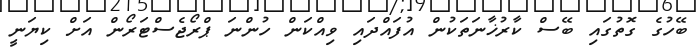
ބޭހުގެ ގޮތުގައި ބޭސް ކާރުޚާނަތަކުން އުފައްދައި ވިއްކަން ހުންނަ ޕްރޯޖެސްޓަރޯން އަށް ކިޔަނީ